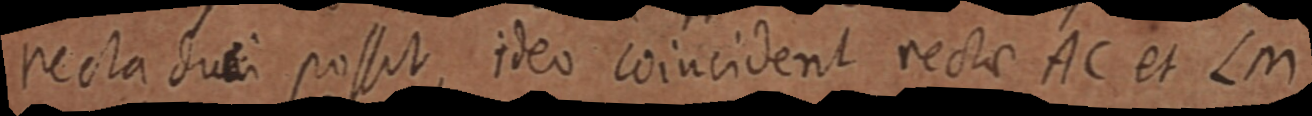
recta suei possit, ideo cojucident rectae AC et Cm